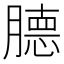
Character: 𰯕